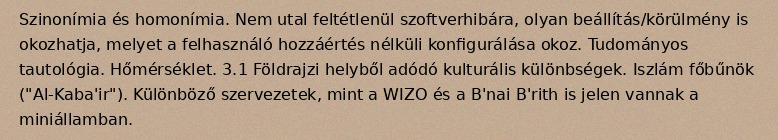
Szinonímia és homonímia. Nem utal feltétlenül szoftverhibára, olyan beállítás/körülmény is okozhatja, melyet a felhasználó hozzáértés nélküli konfigurálása okoz. Tudományos tautológia. Hőmérséklet. 3.1 Földrajzi helyből adódó kulturális különbségek. Iszlám főbűnök ("Al-Kaba'ir"). Különböző szervezetek, mint a WIZO és a B'nai B'rith is jelen vannak a miniállamban.